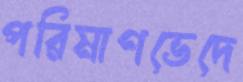
পরিমাণভেদে